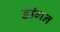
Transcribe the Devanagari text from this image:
डॉगन